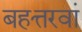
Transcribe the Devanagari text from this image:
बहत्तरवां